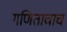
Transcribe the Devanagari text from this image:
गणिताचाच